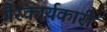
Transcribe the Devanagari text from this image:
गैरकार्यकारी